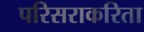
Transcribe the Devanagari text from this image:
परिसराकरिता